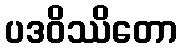
ပဒဝိဿိတော